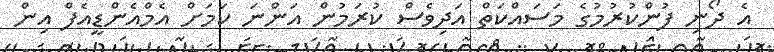
އެ ދޯނި ފުންކުރުމުގެ މަސައްކަތް އަދިވެސް ކުރަމުން އަންނަ ކަމަށް އެމްއެންޑީއެފް އިން